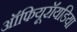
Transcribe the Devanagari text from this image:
ऑफियूरॉयडिया